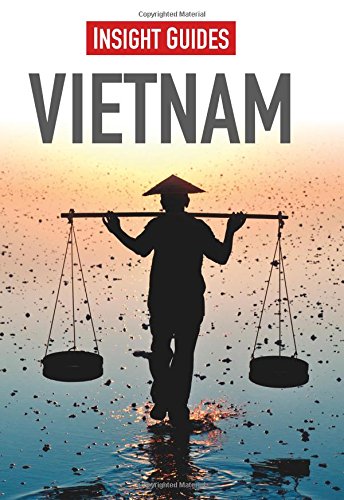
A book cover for Insight Guides: Vietnam; Insight Guides; Travel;